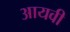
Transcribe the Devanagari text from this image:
आयवी